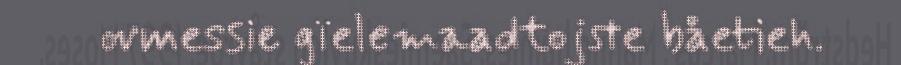
ovmessie gïelemaadtojste båetieh.